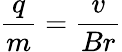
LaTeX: {\frac{q}{m}}={\frac{v}{Br}}